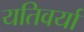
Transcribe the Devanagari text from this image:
यतिवर्या